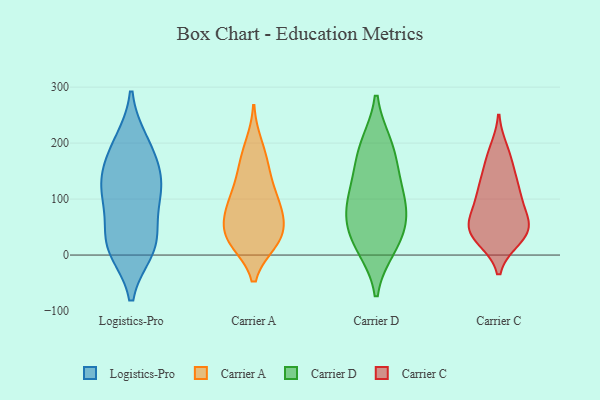
{"axis": {"x": "LTV (USD)", "y": "Value"}, "legend": ["Carrier A", "Carrier C", "Carrier D", "Logistics-Pro"], "data": [{"x": "", "y": 123, "type": "Logistics-Pro"}, {"x": "", "y": 160, "type": "Logistics-Pro"}, {"x": "", "y": 117, "type": "Logistics-Pro"}, {"x": "", "y": 16, "type": "Logistics-Pro"}, {"x": "", "y": 31, "type": "Logistics-Pro"}, {"x": "", "y": 11, "type": "Logistics-Pro"}, {"x": "", "y": 200, "type": "Logistics-Pro"}, {"x": "", "y": 123, "type": "Logistics-Pro"}, {"x": "", "y": 191, "type": "Logistics-Pro"}, {"x": "", "y": 95, "type": "Logistics-Pro"}, {"x": "", "y": 21, "type": "Logistics-Pro"}, {"x": "", "y": 103, "type": "Carrier A"}, {"x": "", "y": 41, "type": "Carrier A"}, {"x": "", "y": 29, "type": "Carrier A"}, {"x": "", "y": 84, "type": "Carrier A"}, {"x": "", "y": 112, "type": "Carrier A"}, {"x": "", "y": 29, "type": "Carrier A"}, {"x": "", "y": 163, "type": "Carrier A"}, {"x": "", "y": 152, "type": "Carrier A"}, {"x": "", "y": 30, "type": "Carrier A"}, {"x": "", "y": 25, "type": "Carrier A"}, {"x": "", "y": 77, "type": "Carrier A"}, {"x": "", "y": 196, "type": "Carrier A"}, {"x": "", "y": 74, "type": "Carrier A"}, {"x": "", "y": 153, "type": "Carrier D"}, {"x": "", "y": 15, "type": "Carrier D"}, {"x": "", "y": 103, "type": "Carrier D"}, {"x": "", "y": 137, "type": "Carrier D"}, {"x": "", "y": 67, "type": "Carrier D"}, {"x": "", "y": 198, "type": "Carrier D"}, {"x": "", "y": 40, "type": "Carrier D"}, {"x": "", "y": 198, "type": "Carrier D"}, {"x": "", "y": 88, "type": "Carrier D"}, {"x": "", "y": 73, "type": "Carrier D"}, {"x": "", "y": 13, "type": "Carrier D"}, {"x": "", "y": 30, "type": "Carrier C"}, {"x": "", "y": 125, "type": "Carrier C"}, {"x": "", "y": 72, "type": "Carrier C"}, {"x": "", "y": 46, "type": "Carrier C"}, {"x": "", "y": 175, "type": "Carrier C"}, {"x": "", "y": 148, "type": "Carrier C"}, {"x": "", "y": 35, "type": "Carrier C"}, {"x": "", "y": 40, "type": "Carrier C"}, {"x": "", "y": 54, "type": "Carrier C"}, {"x": "", "y": 59, "type": "Carrier C"}, {"x": "", "y": 38, "type": "Carrier C"}, {"x": "", "y": 116, "type": "Carrier C"}, {"x": "", "y": 186, "type": "Carrier C"}, {"x": "", "y": 97, "type": "Carrier C"}, {"x": "", "y": 106, "type": "Carrier C"}]}